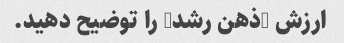
ارزش "ذهن رشد" را توضیح دهید.